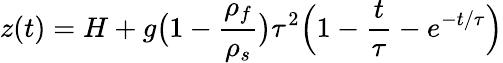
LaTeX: z(t)=H+g\big(1-{\frac{\rho_{f}}{\rho_{s}}}\big)\tau^{2}\Big(1-{\frac{t}{\tau}}-e^{-t/\tau}\Big)